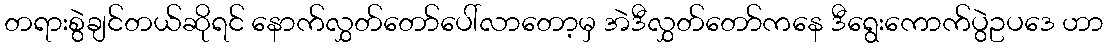
တရားစွဲချင်တယ်ဆိုရင် နောက်လွှတ်တော်ပေါ်လာတော့မှ အဲဒီလွှတ်တော်ကနေ ဒီရွေးကောက်ပွဲဥပဒေ ဟာ